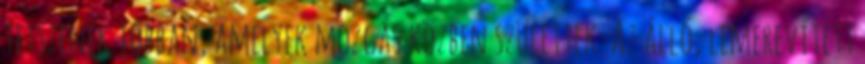
tetszenek jobban, amelyek mozgás közben születtek. Az álló, lemerevített